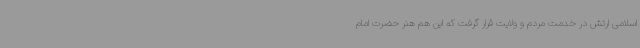
اسلامی ارتش در خدمت مردم و ولایت قرار گرفت که این هم هنر حضرت امام